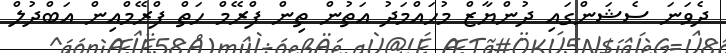
ދެވަނަ ސެޝަންގައި ދުންޔާޒް މުހައްމަދު އަތުން ތިން ފްރޭމް ހަތް ފްރޭމްއިން އަބްދުލް